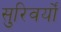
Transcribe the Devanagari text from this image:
सुरिवर्यों